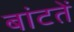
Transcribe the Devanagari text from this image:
बांटतें